Annual report on the lock hospitals of the Madras Presidency
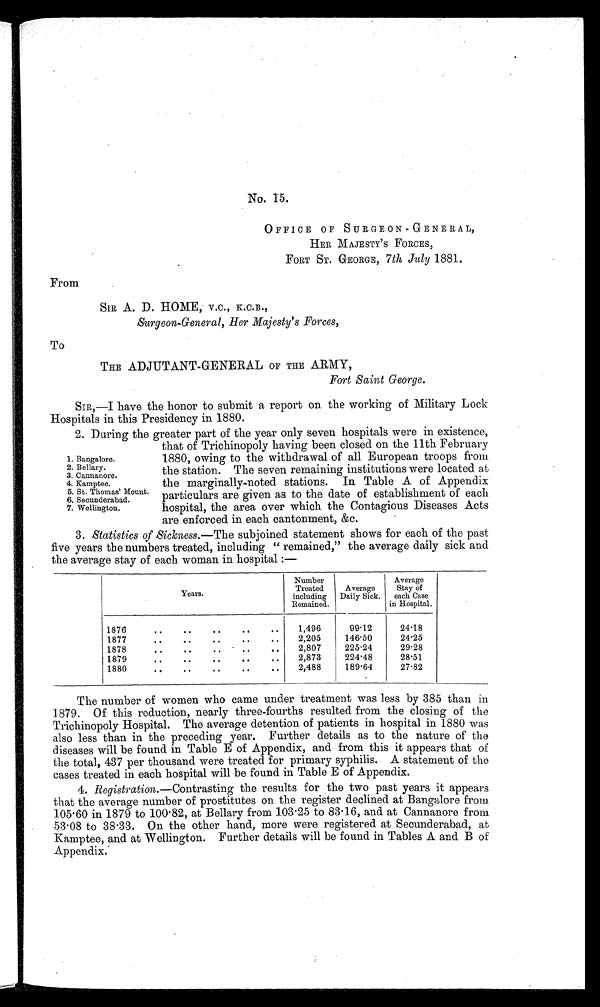
No. 15.
OFFICE OF SURGEON - GENERAL,
HER MAJESTY ' S FORCES,
FORT ST. GEORGE, 7th July 1881.
From
SIR A. D. HOME, V.C., K.C.B.,
Surgeon-General, Her Majesty's Forces,
To
THE ADJUTANT-GENERAL OF THE ARMY,
Fort Saint George.
SIR,—I have the honor to submit a report on the working of Military Lock
Hospitals in this Presidency in 1880.
2. During the greater part of the year only seven hospitals were in existence,
1. Bangalore.
2. Bellary.
3. Cannanore.
4. Kamptee.
5. St. Thomas' Mount.
6. Secunderabad.
7. Wellington.
that of Trichinopoly having been closed on the 11th February
1880, owing to the withdrawal of all European troops from
the station. The seven remaining institutions were located at
the marginally-noted stations. In Table A of Appendix
particulars are given as to the date of establishment of each
hospital, the area over which the Contagious Diseases Acts
are enforced in each cantonment. &c.
3. Statistics of Sickness .—The subjoined statement shows for each of the past
five years the numbers treated, including " remained," the average daily sick and
the average stay of each woman in hospital :—
Years.
Number
Treated
including
Remained,
Average
Daily Sick.
Average
Stay of
each Case
in Hospital.
1876
..
..
..
.. ..
1,496
99.12
24.18
1877
..
..
.. ..
..
2,205
146.50
24.25
1878
..
..
..
..
..
2,807
225.24
29.28
1879
.. ..
..
..
..
2,873
224.48
28.51
1880
..
..
..
..
. .
2,488
189.64
27.82
The number of women who came under treatment was less by 385 than in
1879. Of this reduction, nearly three-fourths resulted from the closing of the
Trichinopoly Hospital. The average detention of patients in hospital in 1880 was
also less than in the preceding year. Further details as to the nature of the
diseases will be found in Table E of Appendix, and from this it appears that of
the total, 437 per thousand were treated for primary syphilis. A statement of the
cases treated in each hospital will be found in Table E of Appendix.
4. Registration .—Contrasting the results for the two past years it appears
that the average number of prostitutes on the register declined at Bangalore from
105.60 in 1879 to 100.82, at Bellary from 103.25 to 83.16, and at Cannanore from
53.08 to 38.33. On the other hand, more were registered at Secunderabad, at
Kamptee, and at Wellington. Further details will be found in Tables A and B of
Appendix.